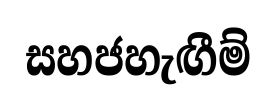
සහජහැඟීම්